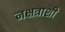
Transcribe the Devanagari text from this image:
नक्षत्राशी